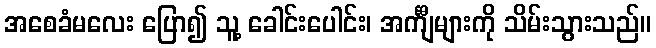
အစေခံမလေး ပြော၍ သူ့ ခေါင်းပေါင်း၊ အင်္ကျီများကို သိမ်းသွားသည်။